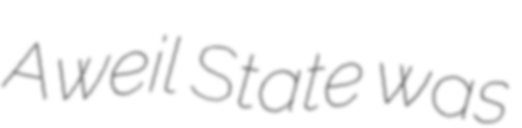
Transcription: Aweil State was